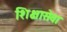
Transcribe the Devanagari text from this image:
शिक्षासेवा